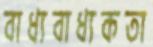
বাধ্যবাধ্যকতা